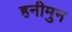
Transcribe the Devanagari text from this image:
हनीमुन